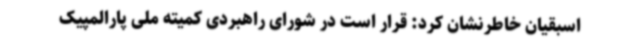
اسبقیان خاطرنشان کرد: قرار است در شورای راهبردی کمیته ملی پارالمپیک